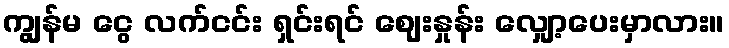
ကျွန်မ ငွေ လက်ငင်း ရှင်းရင် ဈေးနှုန်း လျှော့ပေးမှာလား။